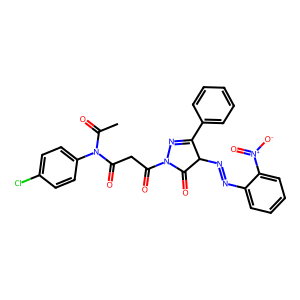
SMILES: CC(=O)N(C(=O)CC(=O)N1N=C(c2ccccc2)C(N=Nc2ccccc2[N+](=O)[O-])C1=O)c1ccc(Cl)cc1
Inhibits HIV replication: No